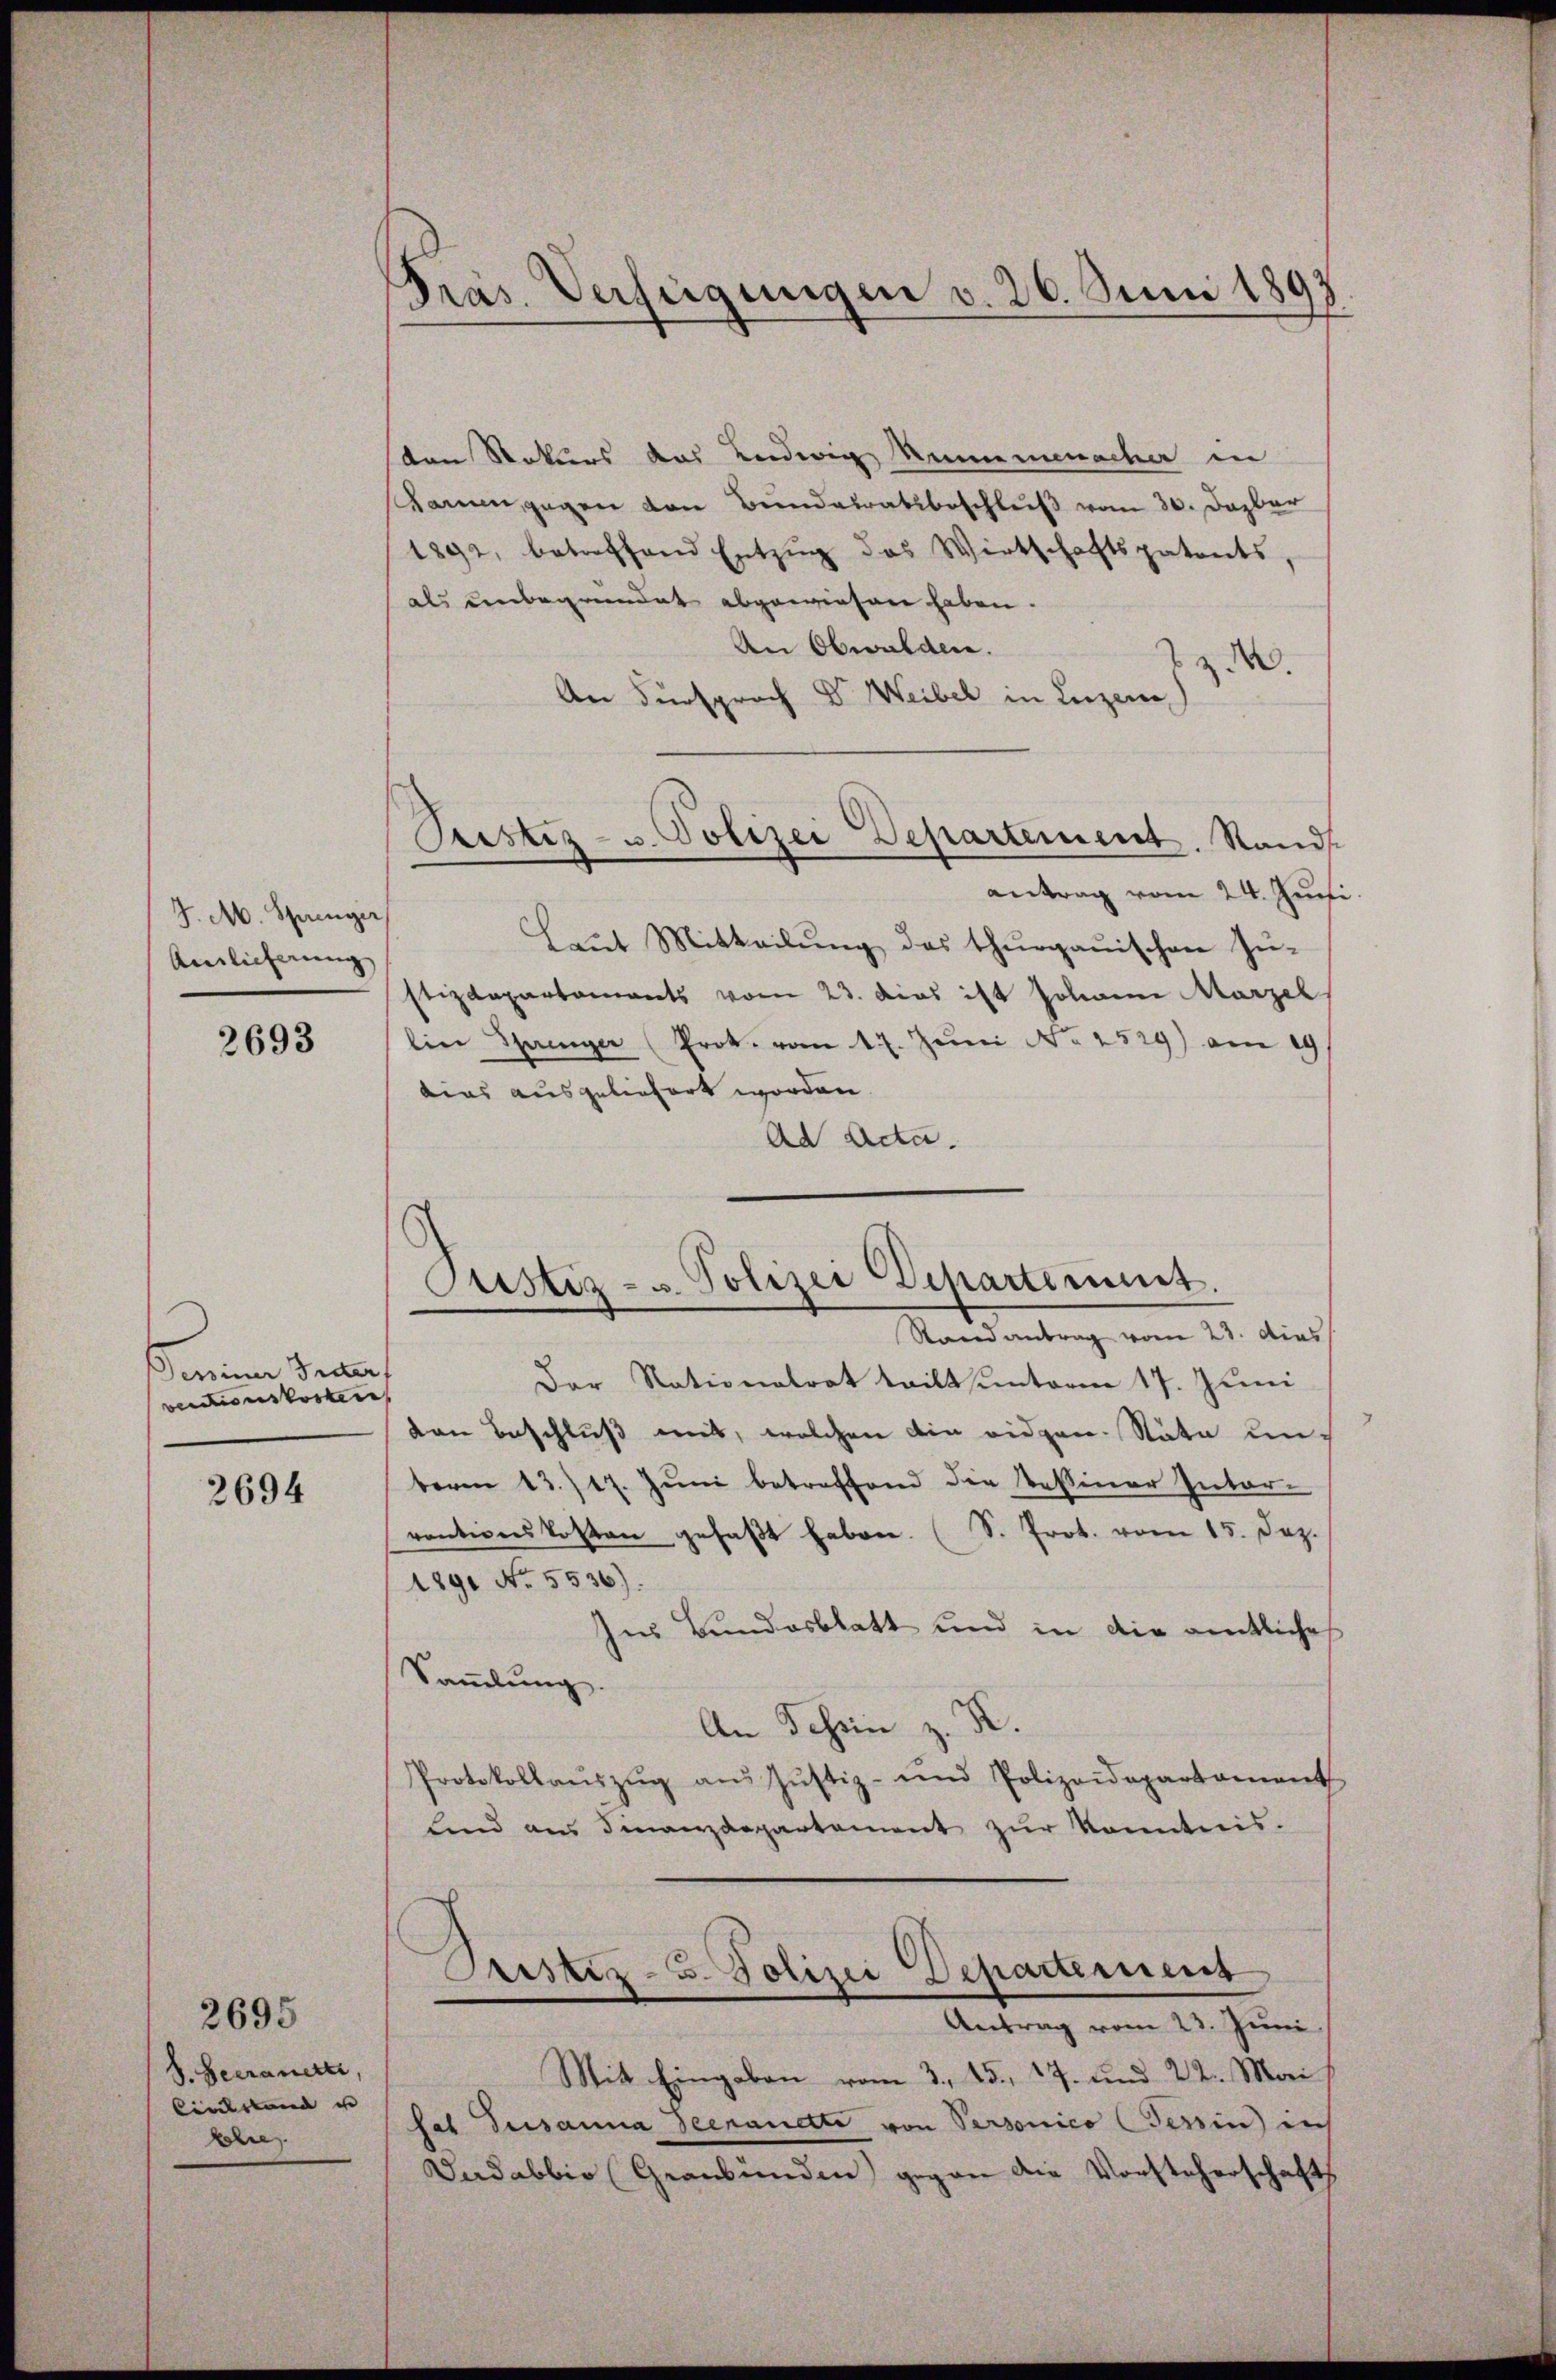
J. M. Springer
Ainlicherung

2693

s eine Beden
verdienstorben

2694

S. Heerauerte,
Cinstand e
hre.

2695

Pras. Verfügungen v. 26. Juni 1893

Pristiz- u. Polizei Departement. Sands
antrag vom 24. Juni

Custiz- u. Polizei Departement.
Stand antrag vom 23. dies
Der Nationalrat teilt unterm 17. Juni

sten Rektors das Ludwig Mummenacher in
Kann gegen von Bundatratsbeschluß vom 30. Dazbar
1892, betreffend Entzŭg das Wirtschaftspatents,
als unbegründet abgewiesen haben.
An Obwalden.
.
nach Dr. Weibel in Luzern
An Fürspr
Leŭt Mitteilŭng des thurgauischen Zu-
stizdepartements vom 23. dies ist Johann Marzel,
lier Sprenger (Prot. vom 17. Juni No 2529) am 29
bias ausgeliefert worden
Ad Acta.
van Beschluß mit, welchen die eidgen. Stäte unberen 13./17. Juni betreffend die Tessiner Inter-
ventionskosten gefaβt haben. (S. Prot. vom 15. Jez.
1891 No. 5536).
Ins Bundesblatt und in die amtliches
Sammlung.
An Tessin z. K.
Protokollaŭszŭg aŭs Jŭstiz- und Polizeidepartament
Lind aus Finanzdepartement zŭr Kenntnis.
Pristiz- u. Polizei Departement
Antrag vom 23. Juni
Mit Eingaben vom 3., 15, 17. und 22. Mai
sat Susanna Seemanette von Personico (Tessin in
Dadabbio Graubünden) gegen die Vorsteherschaft